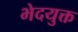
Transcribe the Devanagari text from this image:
भेदयुक्त